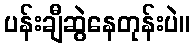
ပန်းချီဆွဲနေတုန်းပဲ။